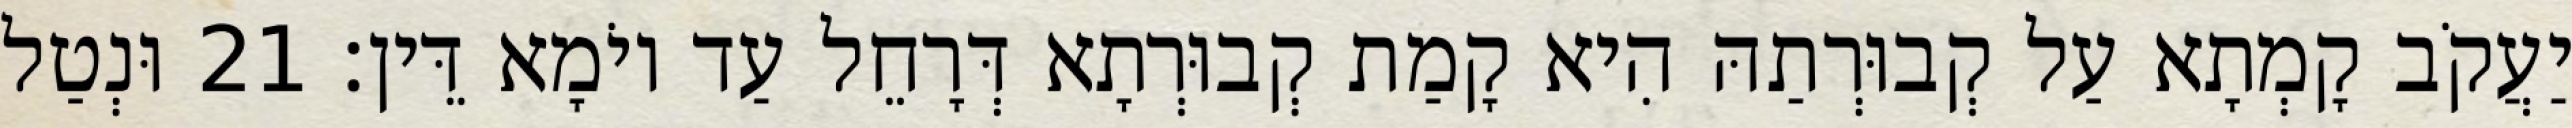
יַעֲקֹב קָמְתָא עַל קְבוּרְתַהּ הִיא קָמַת קְבוּרְתָא דְּרָחֵל עַד יוֹמָא דֵּין׃ 21 וּנְטַל